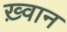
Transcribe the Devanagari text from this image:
ख़्वान